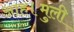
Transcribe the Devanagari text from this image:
आह।मुली